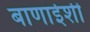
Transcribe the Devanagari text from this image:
बाणाईशी